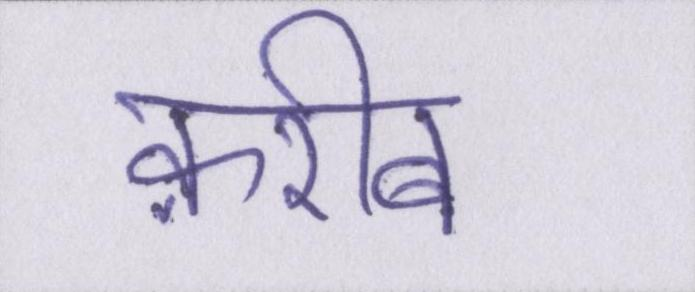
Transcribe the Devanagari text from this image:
क़रीब